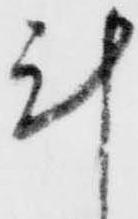
計